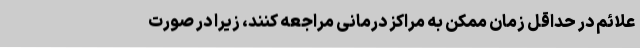
علائم در حداقل زمان ممکن به مراکز درمانی مراجعه کنند، زیرا در صورت